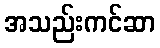
အသည်းကင်ဆာ